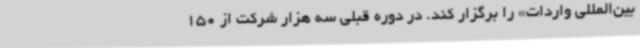
بین‌المللی واردات» را برگزار کند. در دوره قبلی سه هزار شرکت از 150